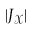
| J _ { \mathcal { X } } |